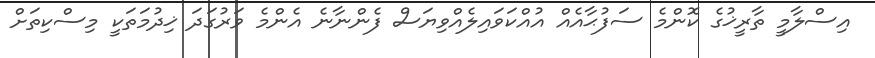
އިސްލާމީ ތާރީޚުގެ ކޮންމެ ސަފުޙާއެއް އުއްކަވައިލެއްވިޔަސް ފެންނާނެ އެންމެ ވަރުގަދަ ޚިދުމަތަކީ މިސްކިތަށް